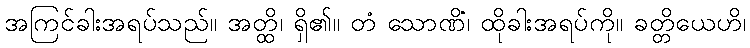
အကြင်ခါးအရပ်သည်။ အတ္ထိ၊ ရှိ၏။ တံ သောဏိံ၊ ထိုခါးအရပ်ကို။ ခတ္တိယေဟိ၊